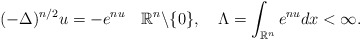
\begin{align*}(-\Delta)^{n/2}u=-e^{nu}\quad\mathbb{R}^{n}\backslash \{0\}, \quad\Lambda=\int_{\mathbb{R}^n}e^{nu}dx<\infty.\end{align*}